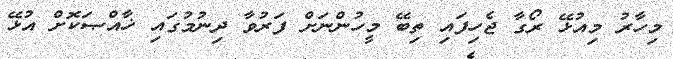
މިހާރު މިއުޅޭ ރޯގާ ޖެހިފައި ތިބޭ މީހުންނަށް ފަރުވާ ދިނުމުގައި ޚާއްޞަކޮށް އުޅޭ